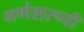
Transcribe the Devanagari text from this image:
गणेशरूपी